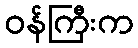
ဝန်ကြီးက